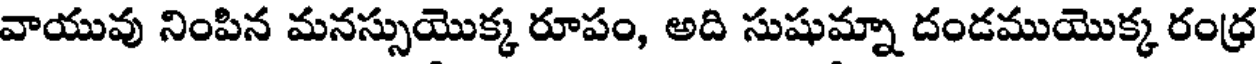
వాయువు నింపిన మనస్సుయొక్క రూపం, అది సుషుమ్నా దండముయొక్క రంధ్ర